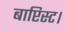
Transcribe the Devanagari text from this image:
बाप्टिस्ट।